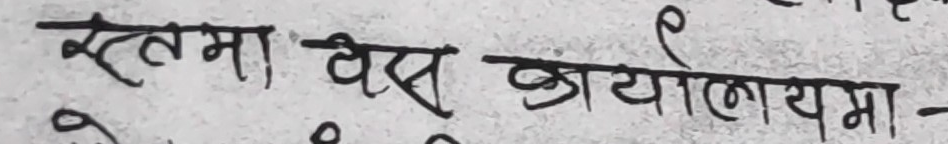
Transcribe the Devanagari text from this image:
स्तमा बेस कार्यालयमा -